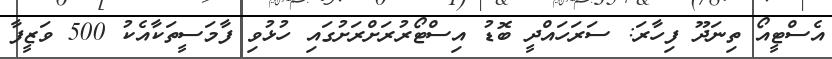
އެސްޓީއޯ ތިނަދޫ ފިހާރަ: ސަރަހައްދީ ބޮޑު އިސްޓޯރުރަށްރަށުގައި ހުޅުވި ފާމަސީތަކާއެކު 500 ވަޒީފާ